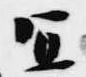
宣